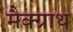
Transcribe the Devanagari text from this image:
मैक्ग्राथ